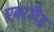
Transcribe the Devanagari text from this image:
एवरलैंड